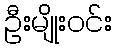
ဦးမျိုးဝင်း